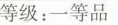
等级：一等品